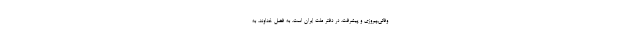
وفائی،پیروزی و پیشرفت، در دفترِ ملت ایران است. به فضل خداوند، به